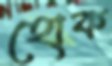
হোক